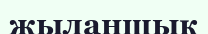
жыланшық